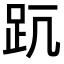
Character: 𧿊